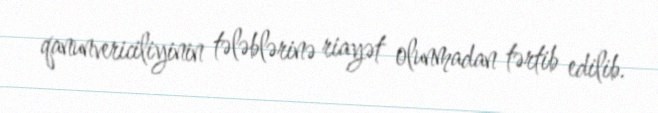
qanunvericiliyinin tələblərinə riayət olunmadan tərtib edilib.